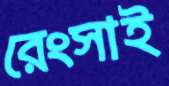
রেংসাই